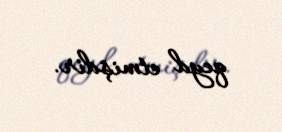
qeyd etmişdir.